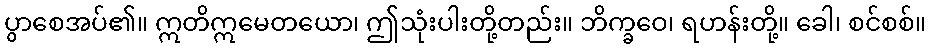
ပွာစေအပ်၏။ ဣတိဣမေတယော၊ ဤသုံးပါးတို့တည်း။ ဘိက္ခဝေ၊ ရဟန်းတို့။ ခေါ၊ စင်စစ်။